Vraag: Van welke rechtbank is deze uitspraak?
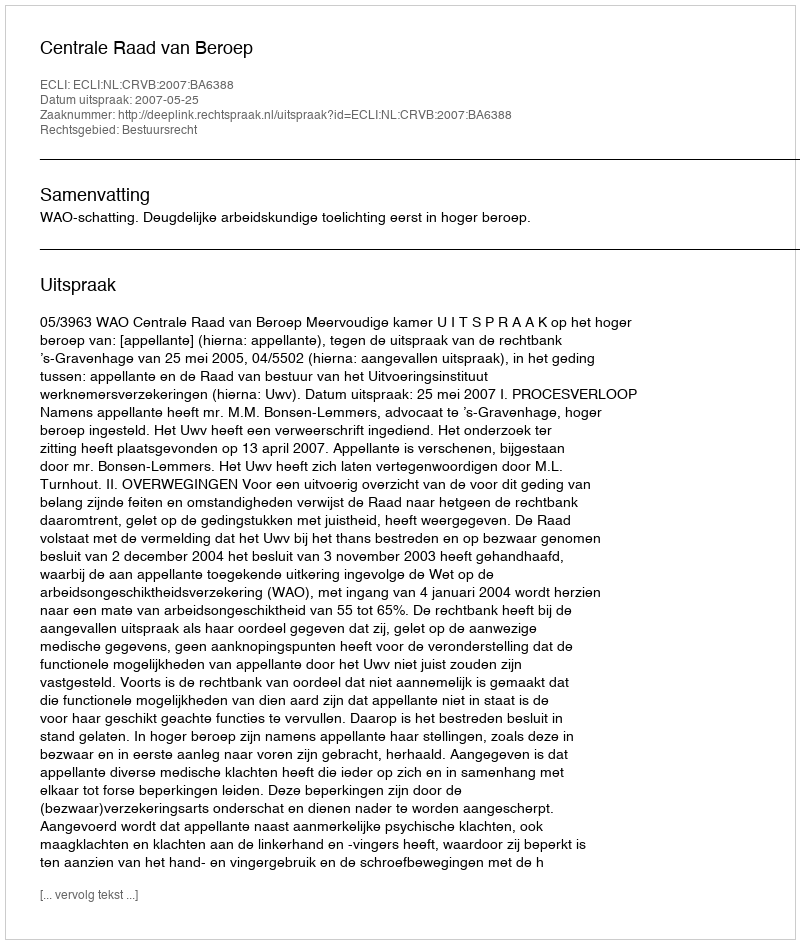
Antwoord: Centrale Raad van Beroep